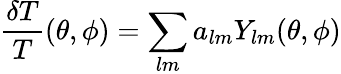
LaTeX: {\frac{\delta T}{T}}(\theta,\phi)=\sum_{lm}a_{lm}Y_{lm}(\theta,\phi)